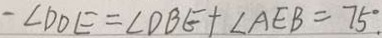
- \angle D O E = \angle D B E + \angle A E B = 7 5 ^ { \circ } .